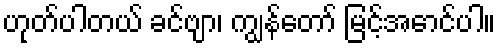
ဟုတ်ပါတယ် ခင်ဗျာ၊ ကျွန်တော် မြင့်အောင်ပါ။